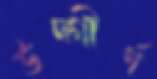
উদ্‌গীর্ণ